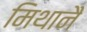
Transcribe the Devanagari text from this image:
मिथानै